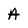
Character: A